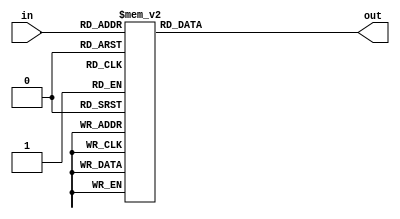
module seven_segment(in,out);
input [3:0]in;
output [6:0]out;
reg [6:0]out;
always@(in)
case(in)
	4'h0:out=~7'h3F;
	4'h1:out=~7'h06;
	4'h2:out=~7'h5b;
	4'h3:out=~7'h4F;
	4'h4:out=~7'h66;
	4'h5:out=~7'h6D;
	4'h6:out=~7'h7D;
	4'h7:out=~7'h07;
	4'h8:out=~7'h7F;
	4'h9:out=~7'h67;
	4'ha:out=~7'h3F;
	4'hb:out=~7'h06;
	4'hc:out=~7'h5b;
	4'hd:out=~7'h4F;
	4'he:out=~7'h66;
	4'hf:out=~7'h6D;
endcase
endmodule